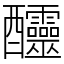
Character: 𨤍